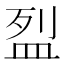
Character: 𥁟